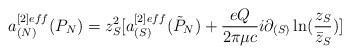
LaTeX: \begin{align*}a_{(N)}^{[2]eff}(P_N) = z_S^2[a_{(S)}^{[2]eff}(\tilde P_N)+ {eQ\over 2\pi \mu c}i\partial_{(S)} \ln ({z_S \over \bar z_S})]\end{align*}